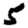
Digit: 5